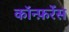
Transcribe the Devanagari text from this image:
काॅन्फ़रेंस